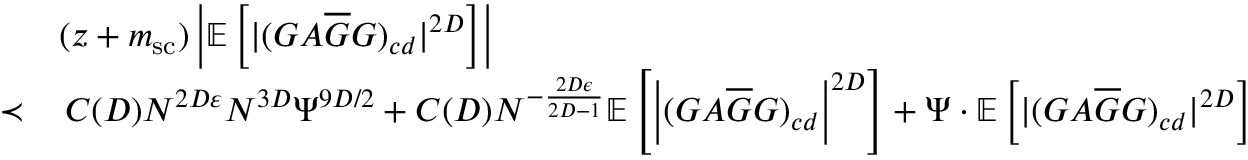
\begin{array} { r l } & { ( z + m _ { \mathrm { s c } } ) \left| \mathbb E \left[ | ( G A \overline { G } G ) _ { c d } | ^ { 2 D } \right] \right| } \\ { \prec } & { \, C ( D ) N ^ { 2 D \varepsilon } N ^ { 3 D } \Psi ^ { 9 D / 2 } + C ( D ) N ^ { - \frac { 2 D \epsilon } { 2 D - 1 } } \mathbb { E } \left[ \left| ( G A \overline { { G } } G ) _ { c d } \right| ^ { 2 D } \right] + \Psi \cdot \mathbb E \left[ | ( G A \overline { G } G ) _ { c d } | ^ { 2 D } \right] } \end{array}